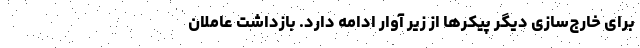
برای خارج‌سازی دیگر پیکرها از زیر آوار ادامه دارد. بازداشت عاملان